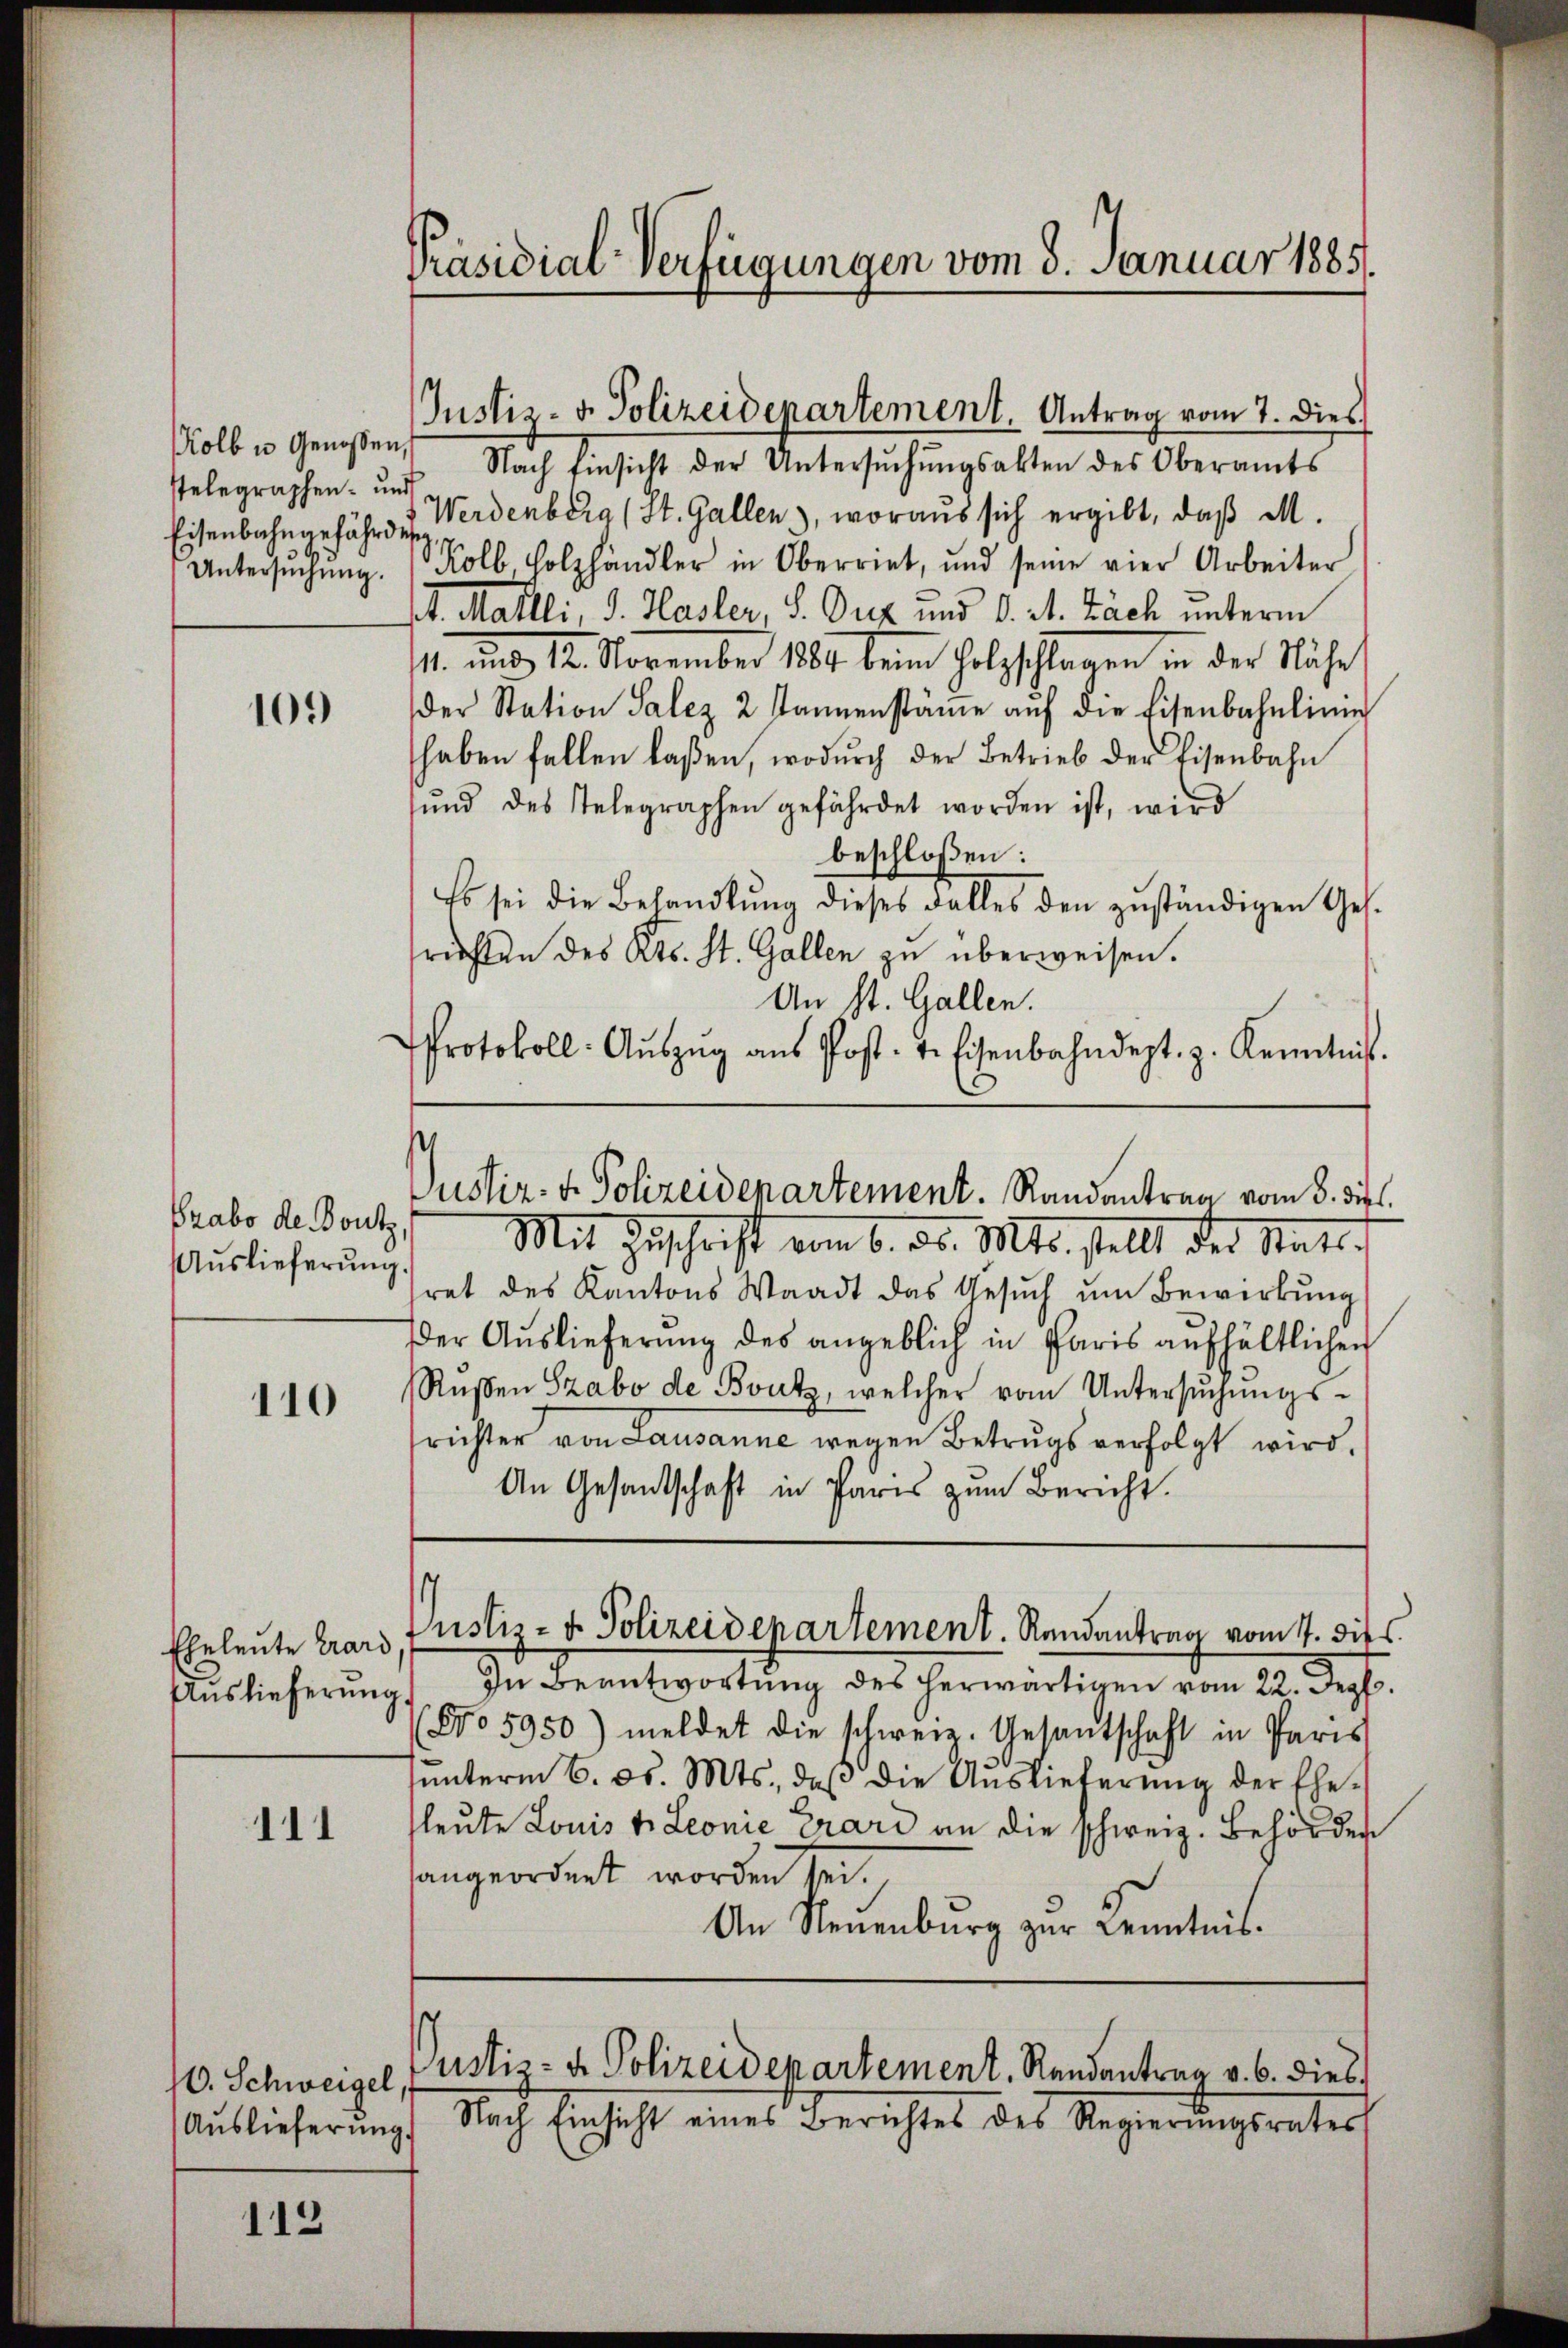
Kolb u. Genossen,
stelegraphen- und
Untersŭchŭng.

109

Grabo de Bontz,
Auslieferung.

110

Auslieferung,

111

Nach Einsicht der Untersŭchŭngsakten des Oberamts
Eisenbahngefähr Werdenberg (St. Gallen), woraus sich ergibt, daß M.
Kolb Holzhändler in Oberriet, und seine vier Arbeiter
1t. Mailli, d. Hasler, S. Duz und d. A. Zach unterm
11. und 12. November 189 beim Holzschlagen in der Nähe
der Station Salez 2 annenstäṁe aŭf die Eisenbahnlinie
haben fallen laßen, wodŭrch der Betrieb der Eisenbahn
sŭnd des Telegraphen gefährdet worden ist, wird
beschloßen:
Es sei die Behandlŭng dieses Falles den zŭständigen Ges.
srichten des Kts. St. Gallen zu überweisen.
An St. Gallen.
Protokoll: Aŭszŭg aŭs Post- u. Eisenbahndept. z. Kenntnis.

10. Schweigel,

112

Präsidial-Verfügungen vom 3. Januar 1885.

Justiz- u. Polizeidepartement. Antrag vom 7. dies

Justiz- & Polizeidepartement. Randantrag vom 3. die
Mit Zuschrift vom 6. ds. Mts. stellt der Statt.

ret des Kantons Waadt das Gesŭch ŭm Bewirkung
der Auslieferŭng des angeblich in Paris aŭfhältlichen
Rŭsen Szabo de Boutz, welcher vom Untersŭchŭngs-
richter von Lausanne wegen Betrugs verfolgt wird,
An Gesandtschaft in Paris zum Bericht.
Eheleute Crars Pustiz- & Polizeidenartement. Rendantrag vom 11. Diss.
Die Beantwortung des herwärtigen vom 22. Dep
(No 5950) meldet die schweiz. Gesandtschaft in Paris
ŭŭnterm 6. d. Mts., daß die Aŭslieferŭng der Ehe-
fleute Louis tr. Leonie Crari an die schweiz. Behörden
sangeordnet worden sei.
An Neuenburg zur Kenntnis.

Justiz- & Polizeidepartement, Randantrag v. 6. dies

Auslieferŭng Nach Einsicht eines Berichtes des Regierŭngsrates